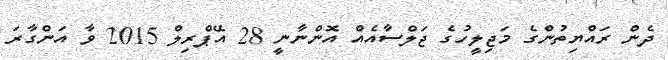
ދެން ރައްޔިތުންގެ މަޖިލީހުގެ ޖަލްސާއެއް އޮންނާނީ 28 އޭޕްރިލް 2015 ވާ އަންގާރަ